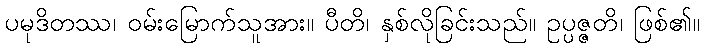
ပမုဒိတဿ၊ ဝမ်းမြောက်သူအား။ ပီတိ၊ နှစ်လိုခြင်းသည်။ ဥပ္ပဇ္ဇတိ၊ ဖြစ်၏။